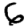
Digit: 6